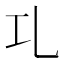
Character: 𠃖